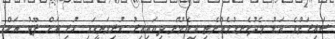
ސައިރަންގެ އަޑު މެދުކެނޑުމެއްނެތި އިވެމުން ދިޔައިއިރު ކުރިމަތީގައި ހުރި އަށް ފޫޓު އަށް